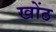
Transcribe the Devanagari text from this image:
खोंठ